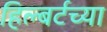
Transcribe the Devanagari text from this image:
हिल्बर्टच्या